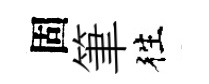
固筆徃